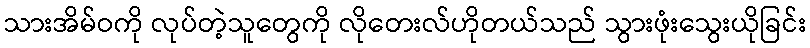
သားအိမ်ဝကို လုပ်တဲ့သူတွေကို လိုတေးလ်ဟိုတယ်သည် သွားဖုံးသွေးယိုခြင်း